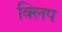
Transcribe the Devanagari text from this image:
क्‍िलप